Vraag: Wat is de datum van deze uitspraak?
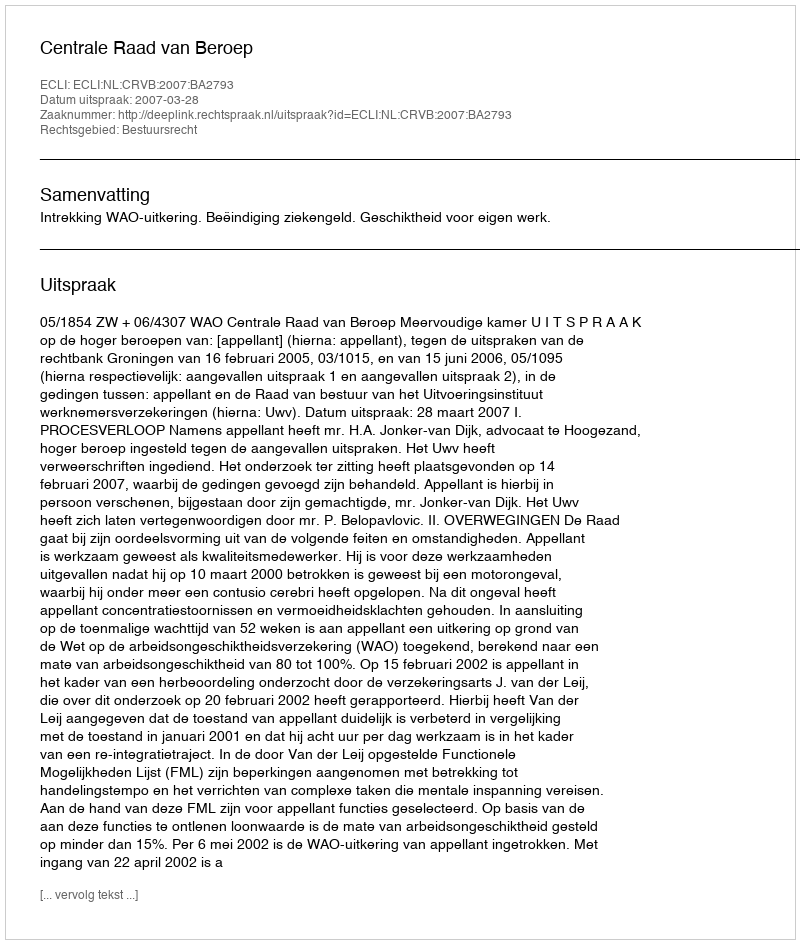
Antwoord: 2007-03-28